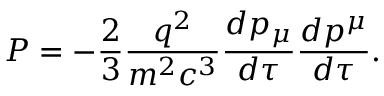
P = - { \frac { 2 } { 3 } } { \frac { q ^ { 2 } } { m ^ { 2 } c ^ { 3 } } } { \frac { d p _ { \mu } } { d \tau } } { \frac { d p ^ { \mu } } { d \tau } } .